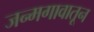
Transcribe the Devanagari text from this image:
जन्मगावातून